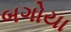
બગોયા